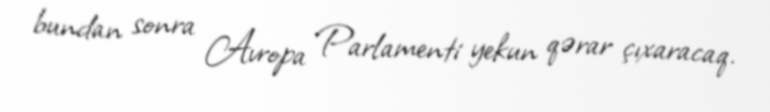
bundan sonra Avropa Parlamenti yekun qərar çıxaracaq.